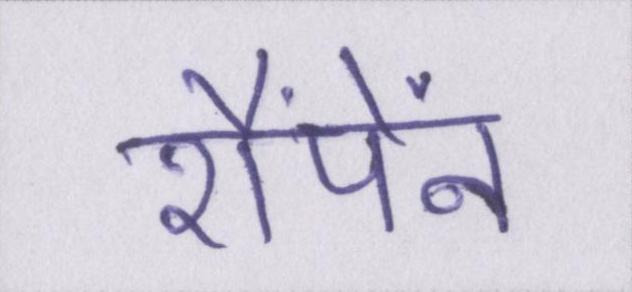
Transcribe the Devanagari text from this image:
शैंपेंन